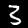
Label: 3